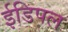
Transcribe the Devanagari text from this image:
ईडिपल